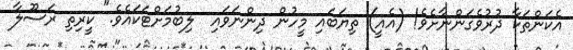
އެކަންތަކާ ދުރުވެގަންނާށެވެ! (އެއީ) ތިޔަބައި މީހުން ދިންނަވައި  ލިބުމަށްޓަކައެވެ." ކީރިތި ރަސޫލާ